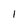
Character: 1